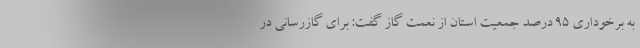
به برخوداری ۹۵ درصد جمعیت استان از نعمت گاز گفت: برای گازرسانی در